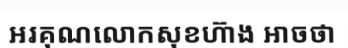
អរគុណលោកសុខហ៊ាង អាចថា